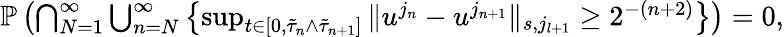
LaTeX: \begin{array}{r}{\mathbb P\left(\bigcap_{N=1}^{\infty}\bigcup_{n=N}^{\infty}\left\lbrace\operatorname*{sup}_{t\in[0,\tilde{\tau}_{n}\wedge\tilde{\tau}_{n+1}]}\| u^{j_{n}}-u^{j_{n+1}}\| _{s,j_{l+1}}\geq 2^{-(n+2)}\right\rbrace\right)=0,}\end{array}